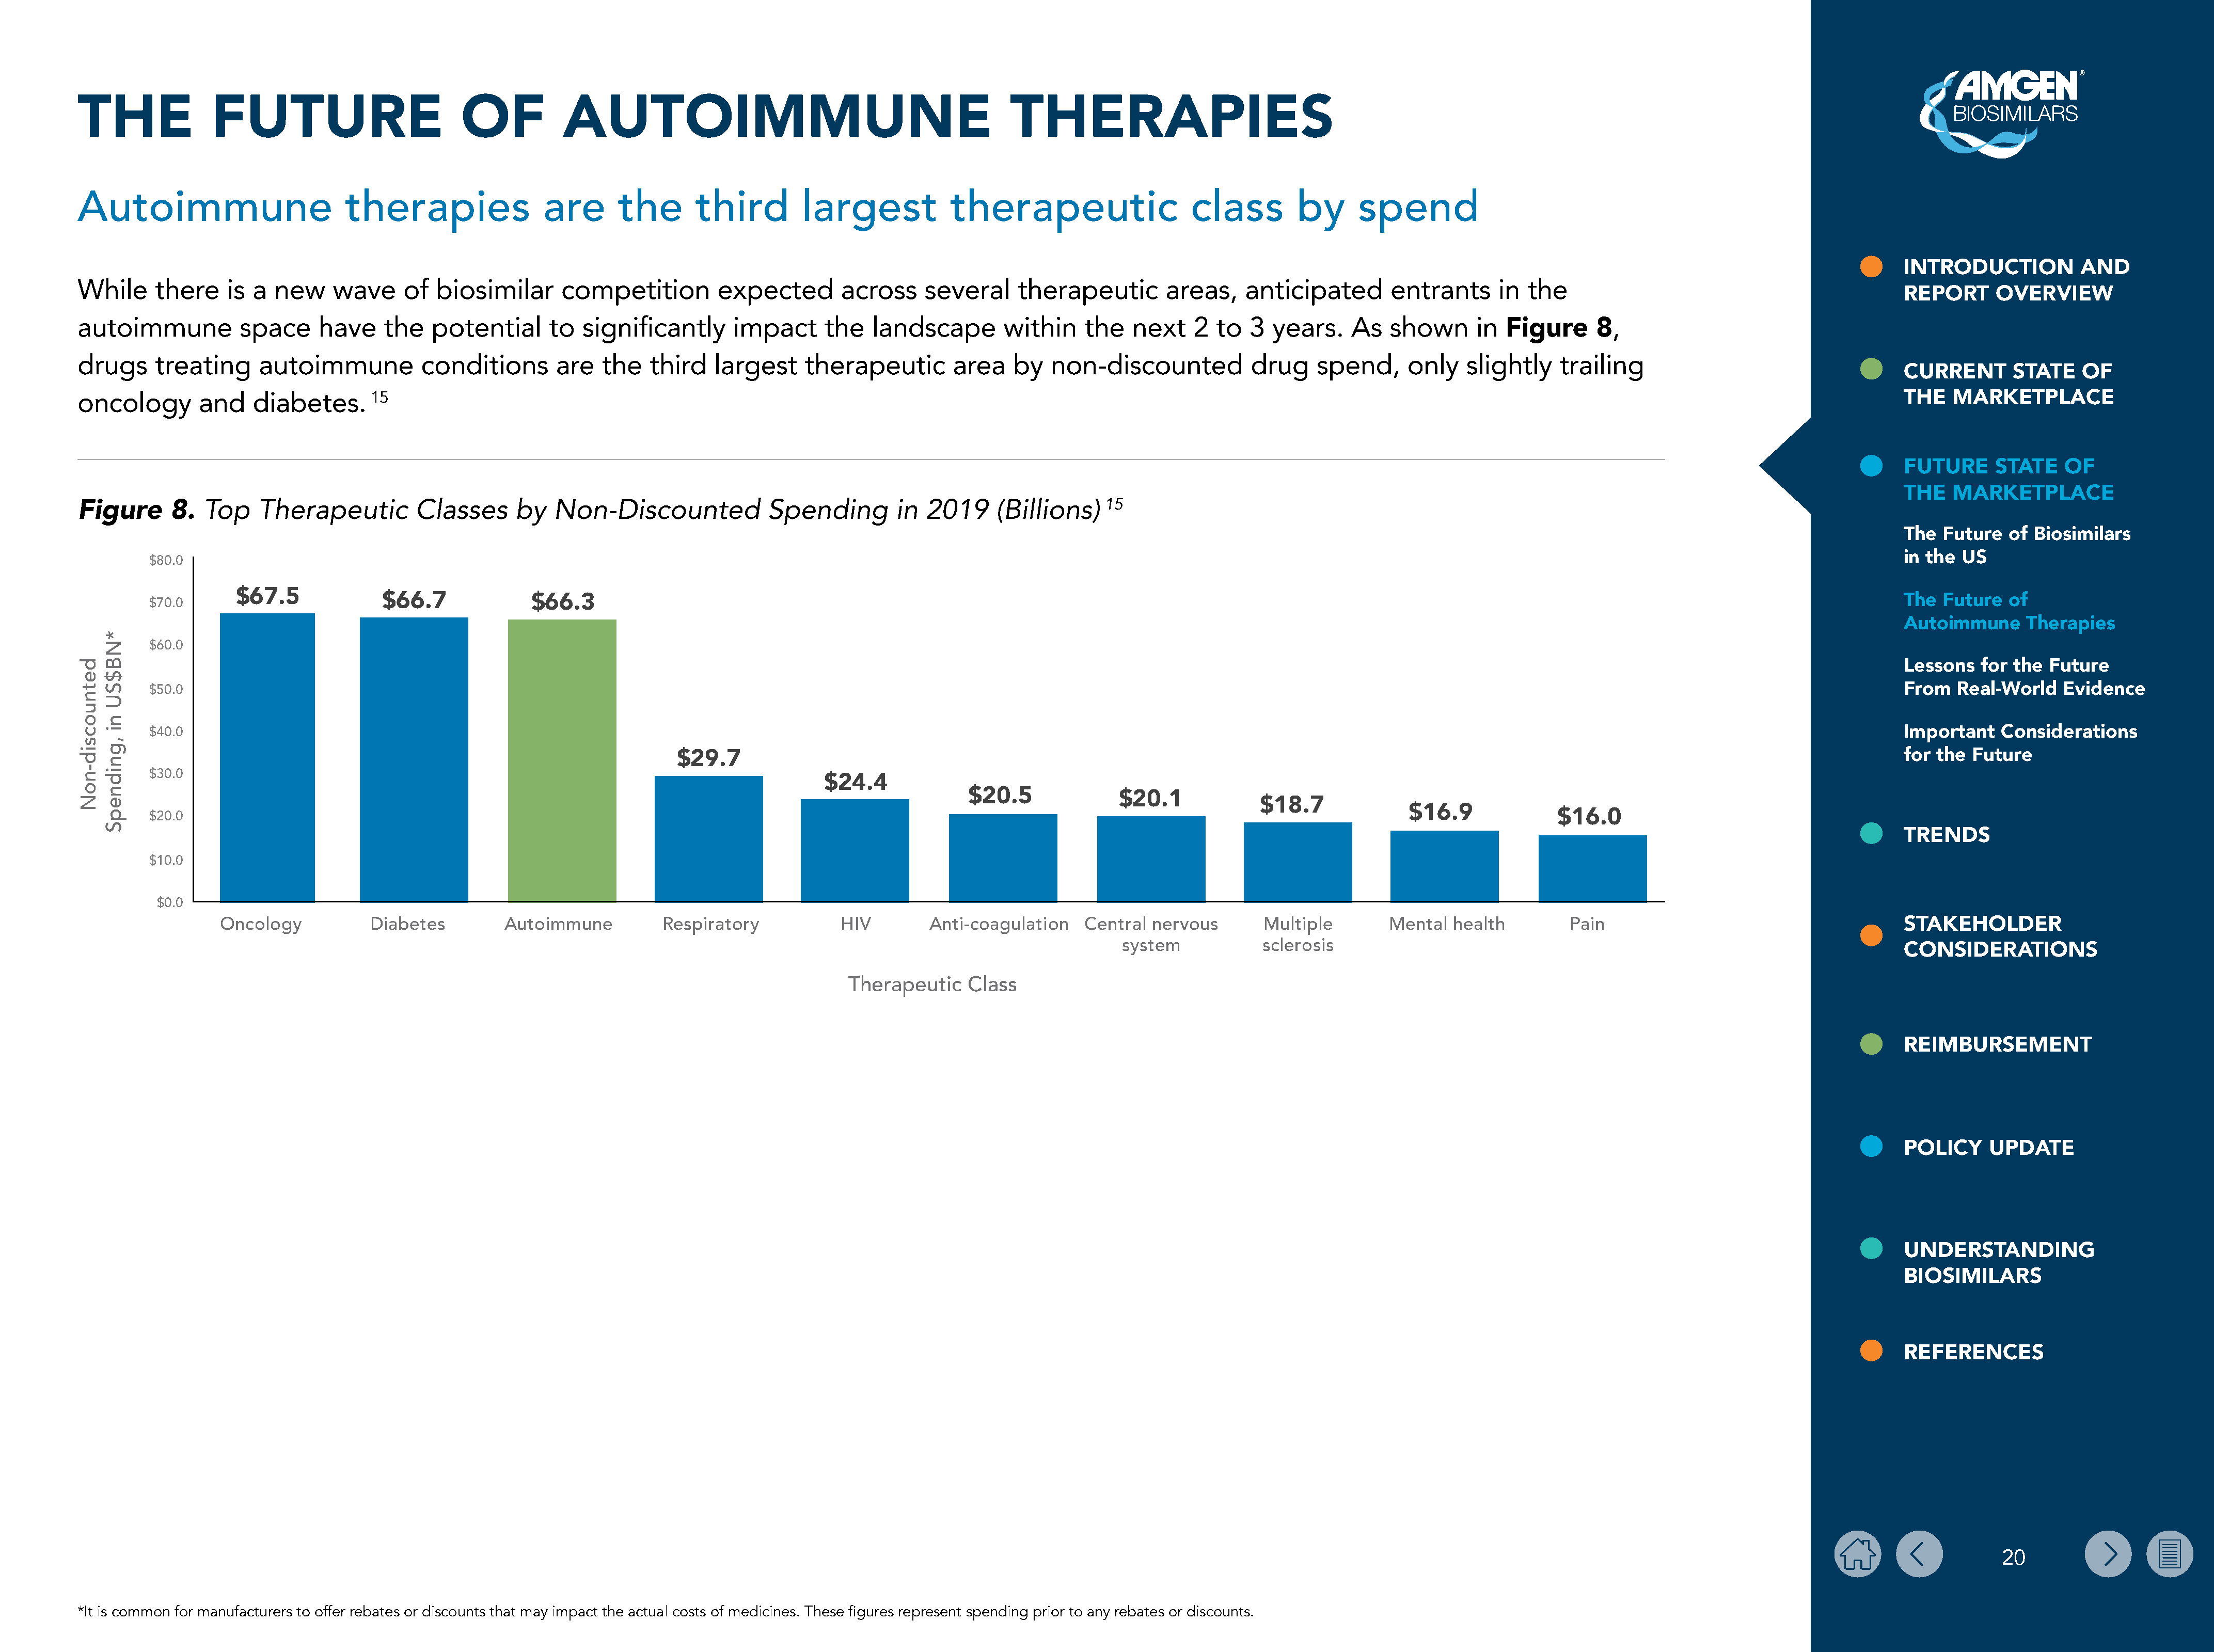
THE              FUTURE                          OF           AUTOIMMUNE                                               THERAPIES
 Autoimmune                        therapies                 are      the       third         largest            therapeutic                    class        by      spend
 INTRODUCTION           AND
 While     there    is a  new     wave     of  biosimilar      competition         expected        across     several    therapeutic        areas,     anticipated       entrants      in  the
 REPORT      OVERVIEW
 autoimmune           space     have    the    potential      to  significantly      impact      the   landscape        within     the   next    2  to  3  years.    As   shown       in Figure      8,
 drugs     treating     autoimmune           conditions       are   the   third    largest    therapeutic        area    by   non-discounted           drug     spend,     only    slightly    trailing
 CURRENT       STATE    OF
 oncology       and    diabetes.       15                                                                                                                                                                                                  THE   MARKETPLACE
 FUTURE      STATE    OF
 THE   MARKETPLACE
 Top    Therapeutic         Classes      by   Non-Discounted             Spending         in  2019     (Billions)    15
 Figure      8.
 The  Future   of Biosimilars
 in the US
 $80.0
 $67.5
 $70.0                         $66.7              $66.3                                                                                                                                                                           The  Future   of
 Autoimmune      Therapies
 $60.0
 Lessons   for the  Future
 $50.0                                                                                                                                                                                                                            From   Real-World    Evidence
 $40.0                                                                                                                                                                                                                            Important    Considerations
 $29.7                                                                                                                                                        for the  Future
 $30.0
 $24.4
 $20.5              $20.1
 $18.7
 $16.9
 $20.0                                                                                                                                                                                $16.0
 TRENDS
 $10.0
 $0.0
 Oncology           Diabetes          Autoimmune          Respiratory            HIV        Anti-coagulation    Central  nervous       Multiple        Mental  health         Pain                                       STAKEHOLDER
 system            sclerosis
 CONSIDERATIONS
 Therapeutic    Class
 REIMBURSEMENT
 POLICY     UPDATE
 UNDERSTANDING
 BIOSIMILARS
 REFERENCES
 20
 *It is common for manufacturers to offer rebates or discounts that may impact the actual costs of medicines. These figures represent spending prior to any rebates or discounts.
 detnuocsid-noN
 *NB$SU
 ni
 ,gnidnepS